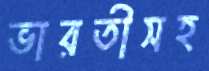
ভারতীসহ